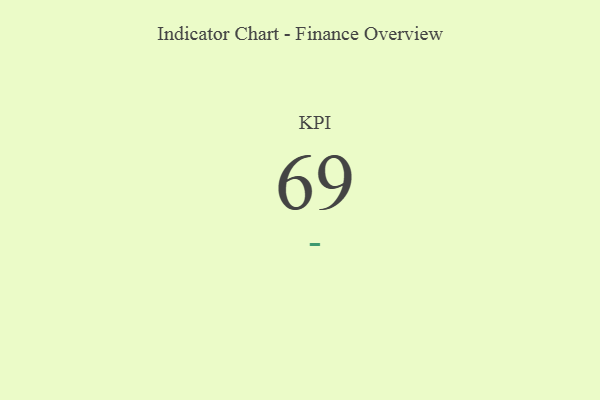
{"axis": {"x": "KPI", "y": "Value"}, "legend": [""], "data": [{"x": "KPI", "y": 69, "type": ""}]}